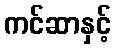
ကင်ဆာနှင့်